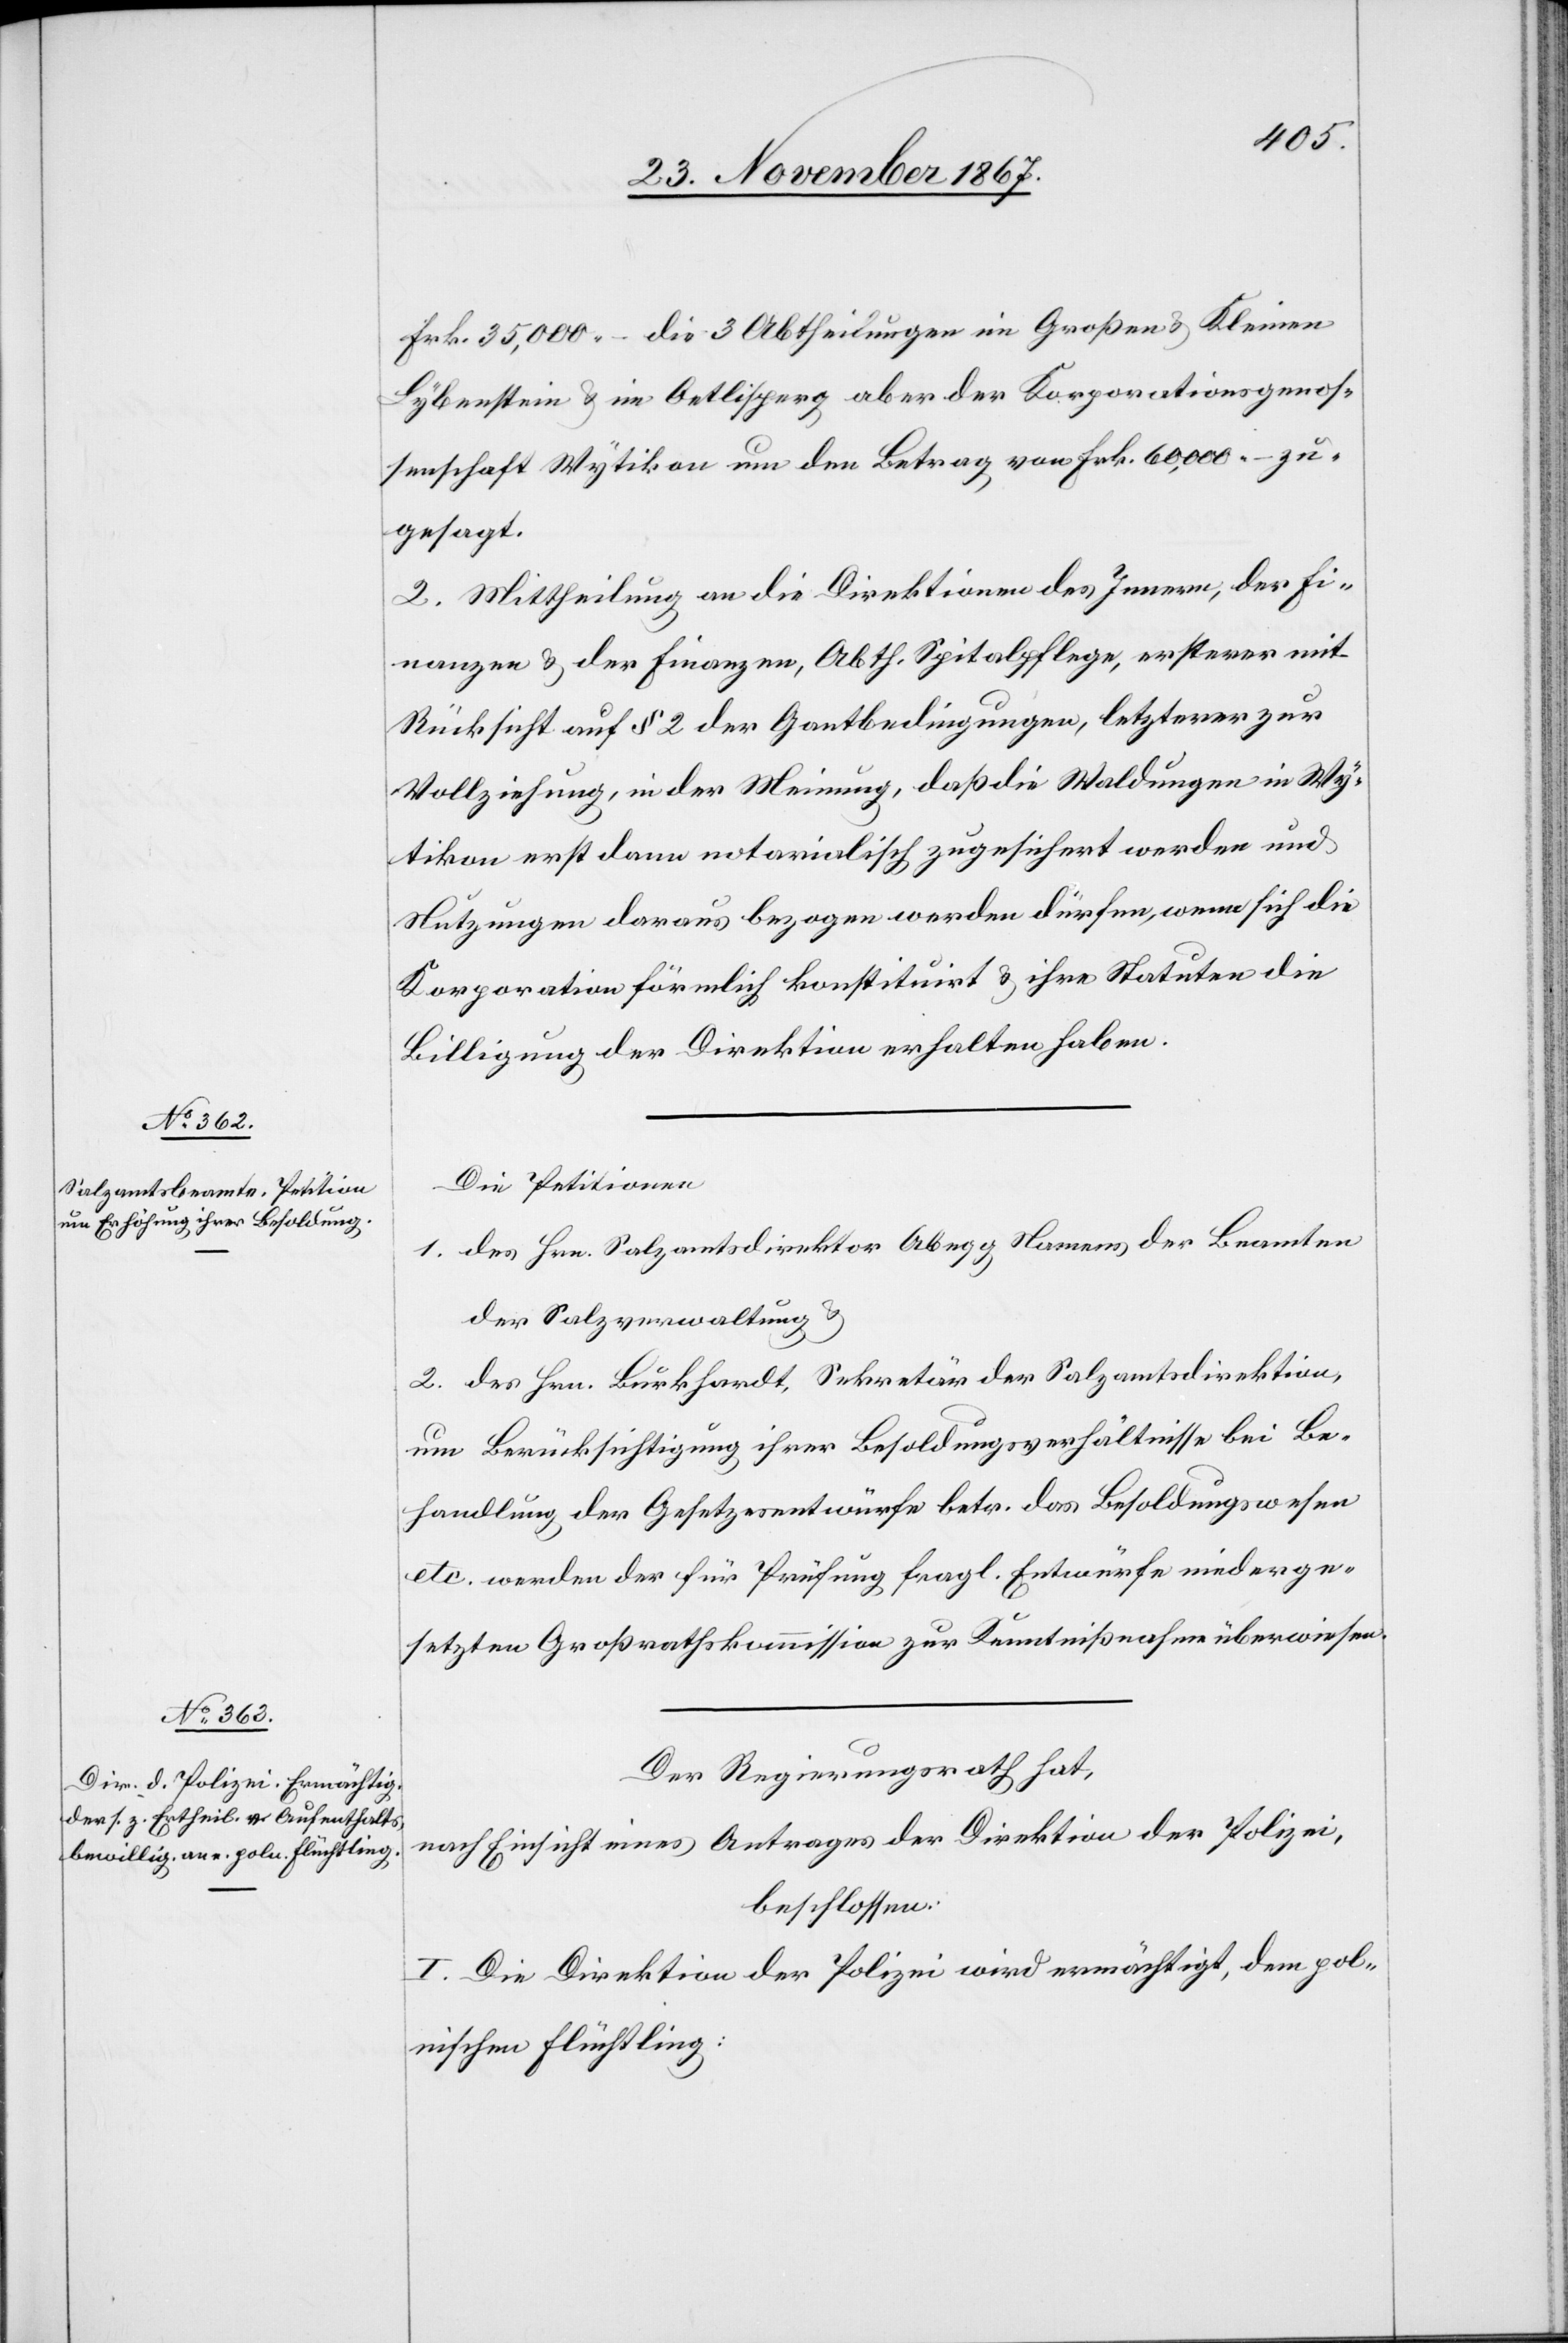
Frk. 35 000.– die 3 Abtheilungen im Großen u. Kleinen
Lybenstein u. im Oetlisperg aber der Korporationsgenos¬
senschaft Wytikon um den Betrag von Frk. 60 000.– zu¬
gesagt.
2. Mittheilung an die Direktionen des Innern, der Fi¬
nanzen u. der Finanzen, Abth. Spitalpflege, ersterer mit
Rücksicht auf § 2 der Gantbedingungen, letzterer zur
Vollziehung, in der Meinung, daß die Waldungen in Wy¬
tikon erst dann notarialisch zugesichert werden und
Nutzungen daraus bezogen werden dürfen, wenn sich die
Korporation förmlich konstituirt u. ihre Statuten die
Billigung der Direktion erhalten haben.
Die Petitionen
1. des Hrn. Salzamtsdirektor Abegg, Namens der Beamten
der Salzverwaltung u.
2. des Hrn. Burkhardt, Sekretär der Salzamtsdirektion,
um Berücksichtigung ihrer Besoldungsverhältnisse bei Be¬
handlung der Gesetzesentwürfe betr. das Besoldungswesen
etc. werden der für Prüfung fragl. Entwürfe niederge¬
setzten Großrathskommission zur Kenntnißnahme überwiesen.
Der Regierungsrath hat,
nach Einsicht eines Antrages der Direktion der Polizei,
beschlossen:
I. Die Direktion der Polizei wird ermächtigt, dem pol¬
nischen Flüchtling: